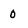
Character: 0